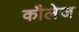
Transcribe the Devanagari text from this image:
कौलेज